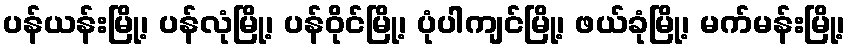
ပန်ယန်းမြို့၊ ပန်လုံမြို့၊ ပန်ဝိုင်မြို့၊ ပုံပါကျင်မြို့၊ ဖယ်ခုံမြို့၊ မက်မန်းမြို့၊